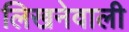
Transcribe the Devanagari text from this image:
लिखनेवाली